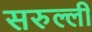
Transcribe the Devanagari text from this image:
सरुल्ली